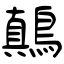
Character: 鷏